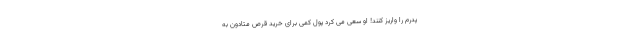
پدرم را واریز کنند! او سعی می کرد پول کمی برای خرید قرص متادون به